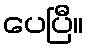
ပေပြီ။